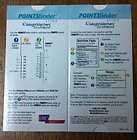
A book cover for Weight Watchers POINTSfinder Slide Turnaround Calculator; Health, Fitness & Dieting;